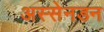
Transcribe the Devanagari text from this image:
अस्सेनडन